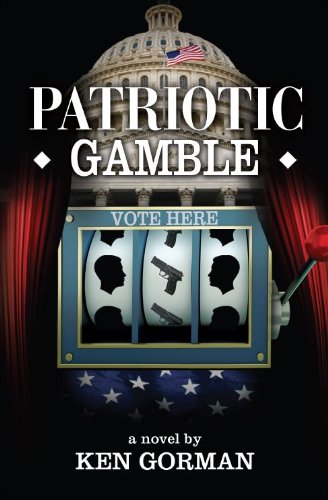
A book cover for Patriotic Gamble; Ken Gorman; Crafts, Hobbies & Home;